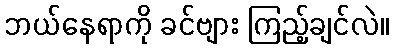
ဘယ်နေရာကို ခင်ဗျား ကြည့်ချင်လဲ။